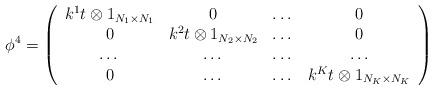
\begin{align*}\phi ^4= \left( \begin{array}{cccc} k^1t \otimes 1_{N_1 \times N_1} & 0 & \dots & 0 \\0 & k^2t\otimes 1_{N_2 \times N_2 } & \dots & 0 \\\dots & \dots & \dots & \dots \\0 & \dots & \dots & k^Kt \otimes 1_{N_K \times N_K }\end{array} \right)\end{align*}